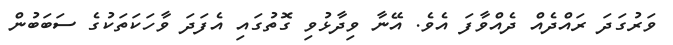
ވަރުުގަދަ ރައްދެއް ދެއްވާފަ އެވެ. އޭނާ ވިދާޅުވި ގޮތުގައި އެފަދަ ވާހަކަތަކުގެ ސަބަބުން